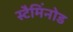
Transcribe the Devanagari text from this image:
स्टैमिंनोड